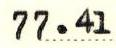
77.41